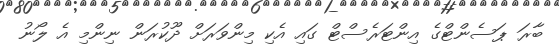
ބާރަ ޕަސެންޓްގެ އިންޓަރެސްޓް ގައި އެކި މިންވަރަށް ދޫކުރަން ނިންމި އެ ލޯނު